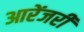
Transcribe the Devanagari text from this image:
आरेंजरी